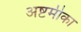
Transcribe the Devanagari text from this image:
अष्टमीका